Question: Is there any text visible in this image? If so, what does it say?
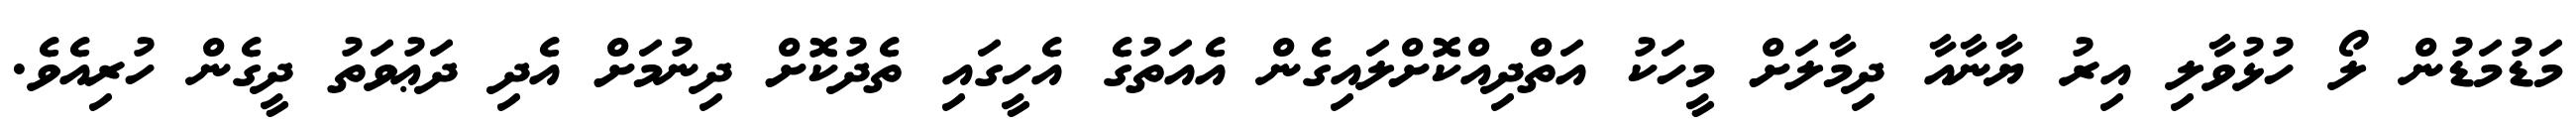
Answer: މަޑުމަޑުން ލޯ ހުޅުވާލި އިރު ޔާނާއާ ދިމާލަށް މީހަކު އަތްދިއްކޮށްލައިގެން އެއަތުގެ އެހީގައި ތެދުކޮށް ދިނުމަށް އެދި ދަޢުވަތު ދީގެން ހުރިއެވެ.